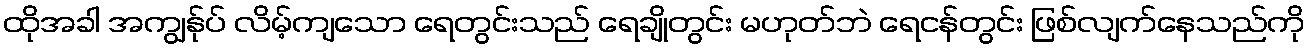
ထိုအခါ အကျွန်ုပ် လိမ့်ကျသော ရေတွင်းသည် ရေချိုတွင်း မဟုတ်ဘဲ ရေငန်တွင်း ဖြစ်လျက်နေသည်ကို